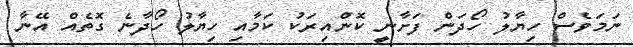
ނަމަވެސް ހިޔާލު ހޯދަން ފަށާނީ ކޮންއިރަކު ކަމާއި ހިޔާލު ހޯދާނެ ގޮތެއް އޭނާ